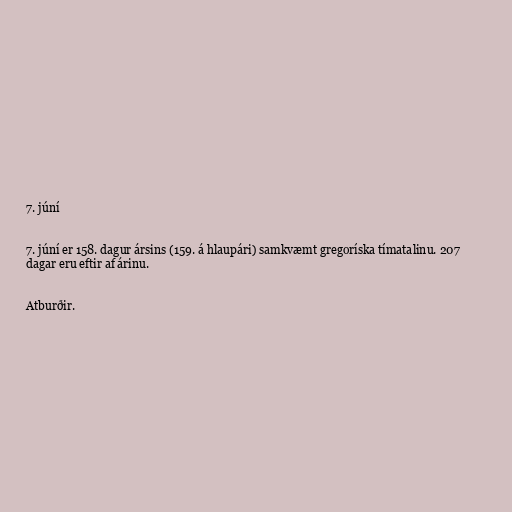
7. júní

7. júní er 158. dagur ársins (159. á hlaupári) samkvæmt gregoríska tímatalinu. 207
dagar eru eftir af árinu.

Atburðir.